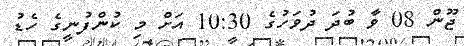
ޖޫން 08 ވާ ބުދަ ދުވަހުގެ 10:30 އަށް މި ކުންފުނީގެ ހެޑު